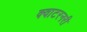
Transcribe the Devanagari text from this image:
क्वाटरनरी